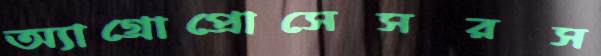
অ্যাগ্রোপ্রোসেসরস